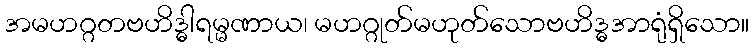
အမဟဂ္ဂတဗဟိဒ္ဓါရမ္မဏာယ၊ မဟဂ္ဂုတ်မဟုတ်သောဗဟိဒ္ဓအာရုံရှိသော။